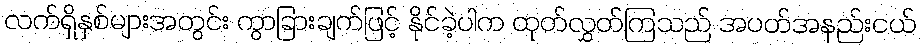
လက်ရှိနှစ်များအတွင်း ကွာခြားချက်ဖြင့် နိုင်ခဲ့ပါက ထုတ်လွှတ်ကြသည် အပတ်အနည်းငယ်